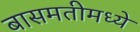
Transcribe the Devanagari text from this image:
बासमतीमध्ये